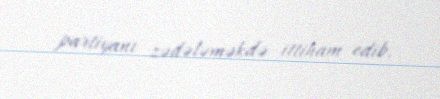
partiyanı zədələməkdə ittiham edib.